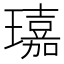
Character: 𤪘